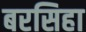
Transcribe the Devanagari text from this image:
बरसिहा